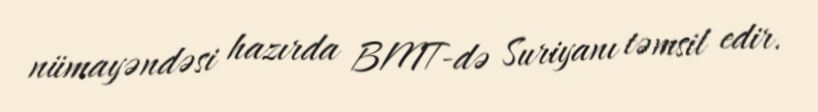
nümayəndəsi hazırda BMT-də Suriyanı təmsil edir.